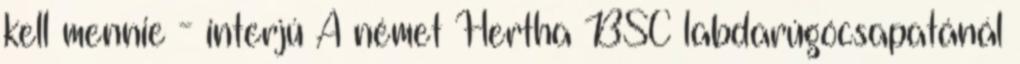
kell mennie - interjú A német Hertha BSC labdarúgócsapatánál